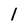
Character: l